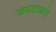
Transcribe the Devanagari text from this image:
जगदाकारे